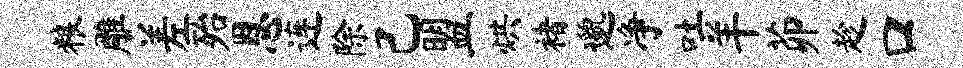
粮雕差殆恩连除己盟烘褚邈净吐羊茆趁口